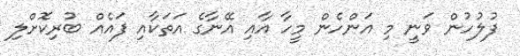
ފުލުހުން ވަނީ މި އަންހެން މީހާ އާއި އޭނާގެ އަތަކާއި ފައެއް ބުރިކޮށްލި